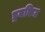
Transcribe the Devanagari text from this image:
ड्रमकिट